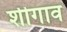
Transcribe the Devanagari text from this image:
शीगाव